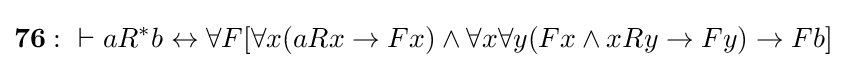
\mathbf {76:} \ \vdash aR^{*}b\leftrightarrow \forall F[\forall x(aRx\to Fx)\land \forall x\forall y(Fx\land xRy\to Fy)\to Fb]